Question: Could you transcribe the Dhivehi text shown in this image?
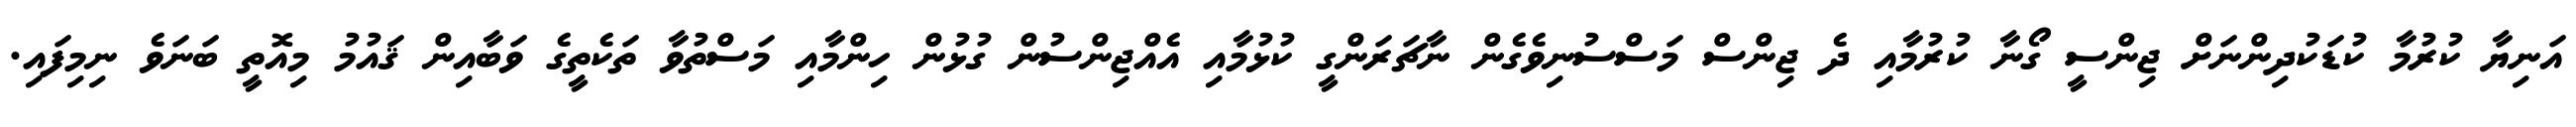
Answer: އަނިޔާ ކުރުމާ ކުޑަކުދިންނަށް ޖިންސީ ގޯނާ ކުރުމާއި ދެ ޖިންސް މަސްސުނިވެގެން ނާޗަރަންގީ ކުޅުމާއި އެއްޖިންސުން ގުޅުން ހިންމާއި މަސްތުވާ ތަކެތީގެ ވަބާއިން ޤައުމު މިއޮތީ ބަނަވެ ނިމިފައި.